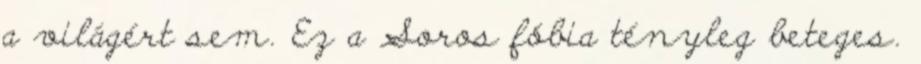
a világért sem. Ez a Soros fóbia tényleg beteges.